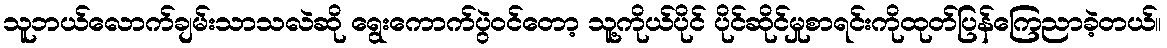
သူဘယ်လောက်ချမ်းသာသလဲဆို ရွေးကောက်ပွဲဝင်တော့ သူ့ကိုယ်ပိုင် ပိုင်ဆိုင်မှုစာရင်းကိုထုတ်ပြန်ကြေညာခဲ့တယ်။